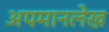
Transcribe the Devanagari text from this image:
अपमानलेख